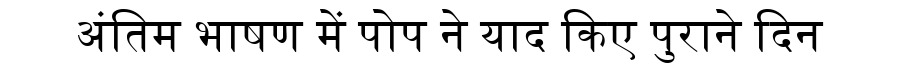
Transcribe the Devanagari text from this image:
अंतिम भाषण में पोप ने याद किए पुराने दिन